Leaving Certificate Examination (including Day School Certificate (Higher) General paper), 1937
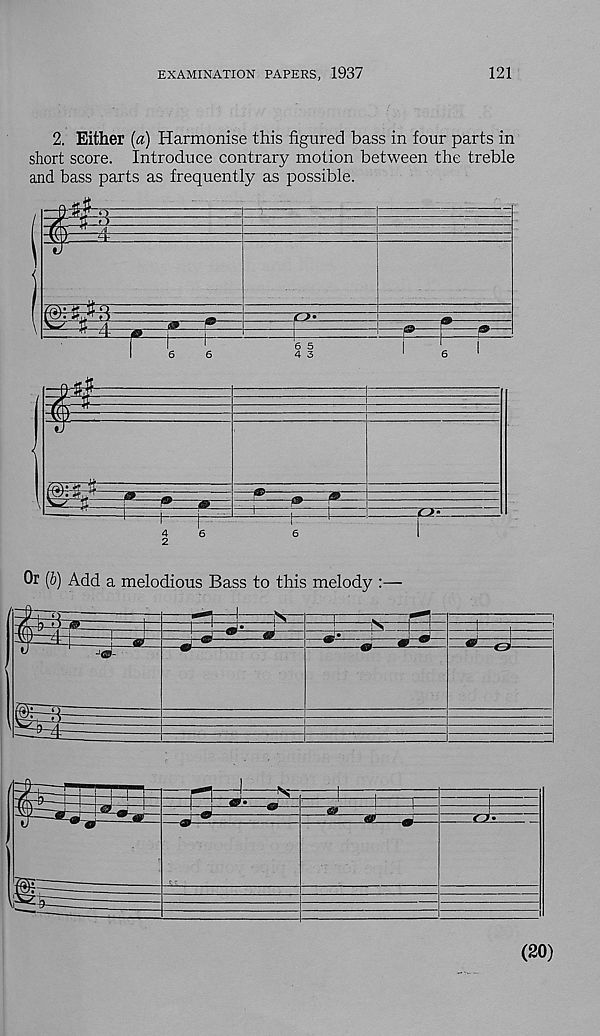
EXAMINATION PAPERS, 1937
121
2. Either [a) Harmonise this figured bass in four parts in
short score. Introduce contrary motion between the treble
and bass parts as frequently as possible.
Or (6) Add a melodious Bass to this melody :—
(20)